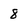
Character: 8